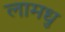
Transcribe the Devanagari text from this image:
लामधु